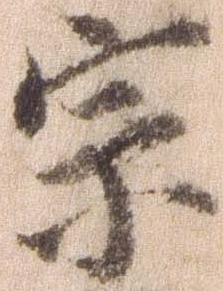
宗